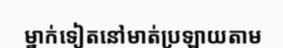
ម្នាក់ទៀតនៅមាត់ប្រឡាយតាម